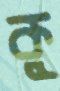
কু